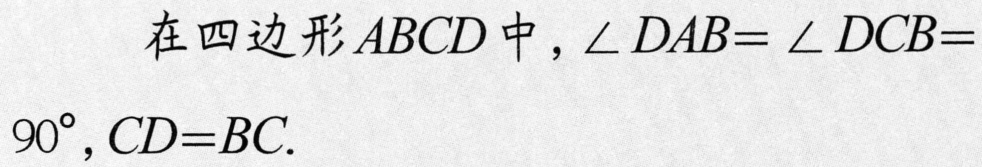
在四边形\(ABCD\)中，\(\angle DAB = \angle DCB = 90^{\circ},CD = BC\).